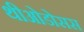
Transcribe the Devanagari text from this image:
थीओडोसस